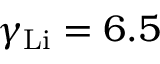
\gamma _ { \mathrm { L i } } = 6 . 5